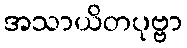
အသာယိတပုဗ္ဗာ